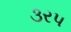
૩રપ